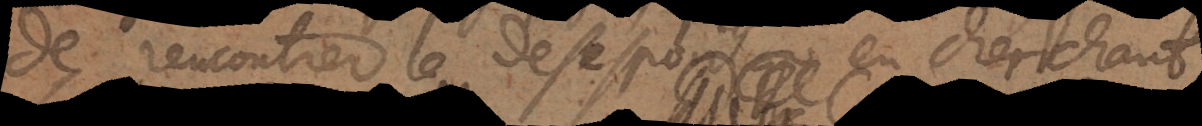
e rencontrer le desespoir en cherchant